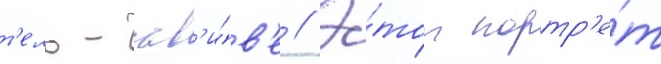
т'ель-ав'и́в'е // Э́тот портр'е́т